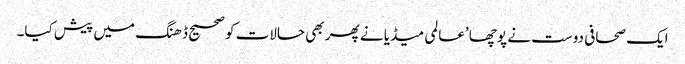
ایک صحافی دوست نے پوچھا ’عالمی میڈیا نے پھر بھی حالات کو صحیح ڈھنگ میں پیش کیا۔